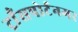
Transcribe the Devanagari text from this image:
ट्राँसपोर्टनगर